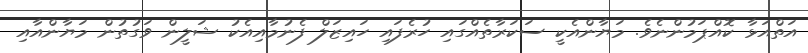
އަތްއަޅާ ކޮއްޕަމުންނެވެ. މަޔާންއެކީ ސަކަރާތެއްގައި ހުރެފައި ހައިޒަލް ފެނުމާއިއެކު ޝަލީން ވަގުތުން މަޔާންއާއި